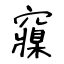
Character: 䆿